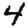
Digit: 4